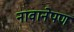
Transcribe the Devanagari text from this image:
नावानेपण